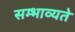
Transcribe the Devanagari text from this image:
सम्भाव्यते